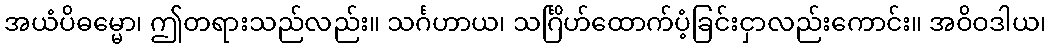
အယံပိဓမ္မော၊ ဤတရားသည်လည်း။ သင်္ဂဟာယ၊ သင်္ဂြိဟ်ထောက်ပံ့ခြင်းငှာလည်းကောင်း။ အဝိဝဒါယ၊